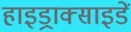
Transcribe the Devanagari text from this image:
हाइड्राक्साइडें